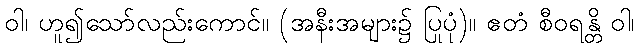
ဝါ၊ ဟူ၍သော်လည်းကောင်။ (အနီးအများ၌ ပြုပုံ)။ ဧတံ စီဝရန္တိ ဝါ၊